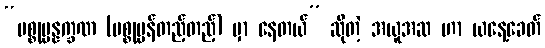
“ပစ္စုပ္ပန္နက္ခဏ (ပစ္စုပ္ပန်တည့်တည့်) မှာ နေတယ်” ဆိုတဲ့ အယူအဆ ဟာ ယနေ့ခေတ်